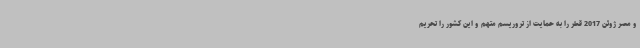
و مصر ژوئن 2017 قطر را به حمایت از تروریسم متهم و این کشور را تحریم